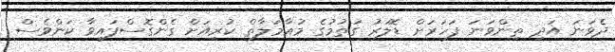
ދެވަނަ އަދި ތިންވަނަ ފަހަރަށް ޑޮލަރު ގަތުމުގެ މުއާމަލާތް ކުރިއަށް ގެންގޮސްފައިވާ ކަންވެސް